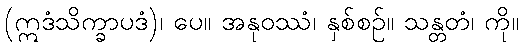
(ဣဒံသိက္ခာပဒံ)၊ ပေ။ အနုဝဿံ၊ နှစ်စဉ်။ သန္တတံ၊ ကို။